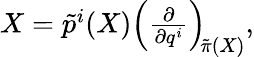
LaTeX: \begin{array}{r}{X=\tilde{p}^{i}(X)\left(\frac{\partial}{\partial{q}^{i}}\right)_{\negmedspace\tilde{\pi}(X)},}\end{array}